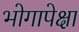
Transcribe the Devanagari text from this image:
भोगापेक्षा